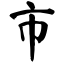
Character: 市